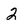
Character: 2